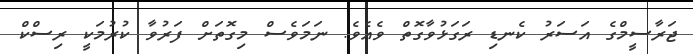
ޖަރާސީމްގެ އަސަރު ކެނޑި ރަގަޅުވާގޮތް ވެއެވެ. ނަމަވެސް މިގޮތަށް ފަރުވާ ކުރުމަކީ ރިސްކް